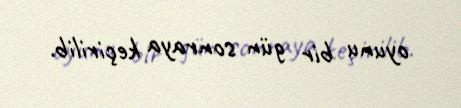
oyunu bir gün sonraya keçirilib.